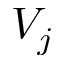
V _ { j }